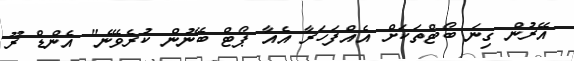
އޭރުން ގިނަ ބޯޓްތަކަށް އެއްފަހަރާ އެއާ ޕޯޓް ބޭނުން ކުރެވޭނެ" އެންޑް ރޫ